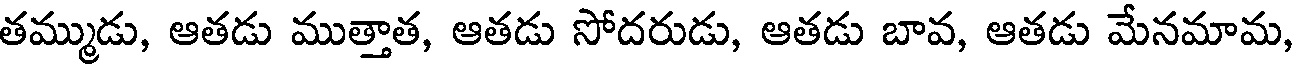
తమ్ముడు, ఆతడు ముత్తాత, ఆతడు సోదరుడు, ఆతడు బావ, ఆతడు మేనమామ,